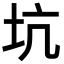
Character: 坑